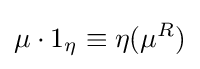
\mu \cdot 1_{\eta }\equiv \eta (\mu ^{R})